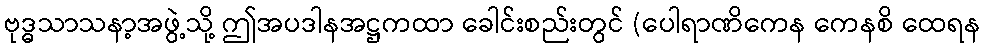
ဗုဒ္ဓသာသနာ့အဖွဲ့သို့ ဤအပဒါနအဋ္ဌကထာ ခေါင်းစည်းတွင် (ပေါရာဏိကေန ကေနစိ ထေရန